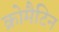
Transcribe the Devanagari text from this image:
क्रोमैटिन